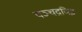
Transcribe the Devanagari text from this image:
पञ्चद्रविड़